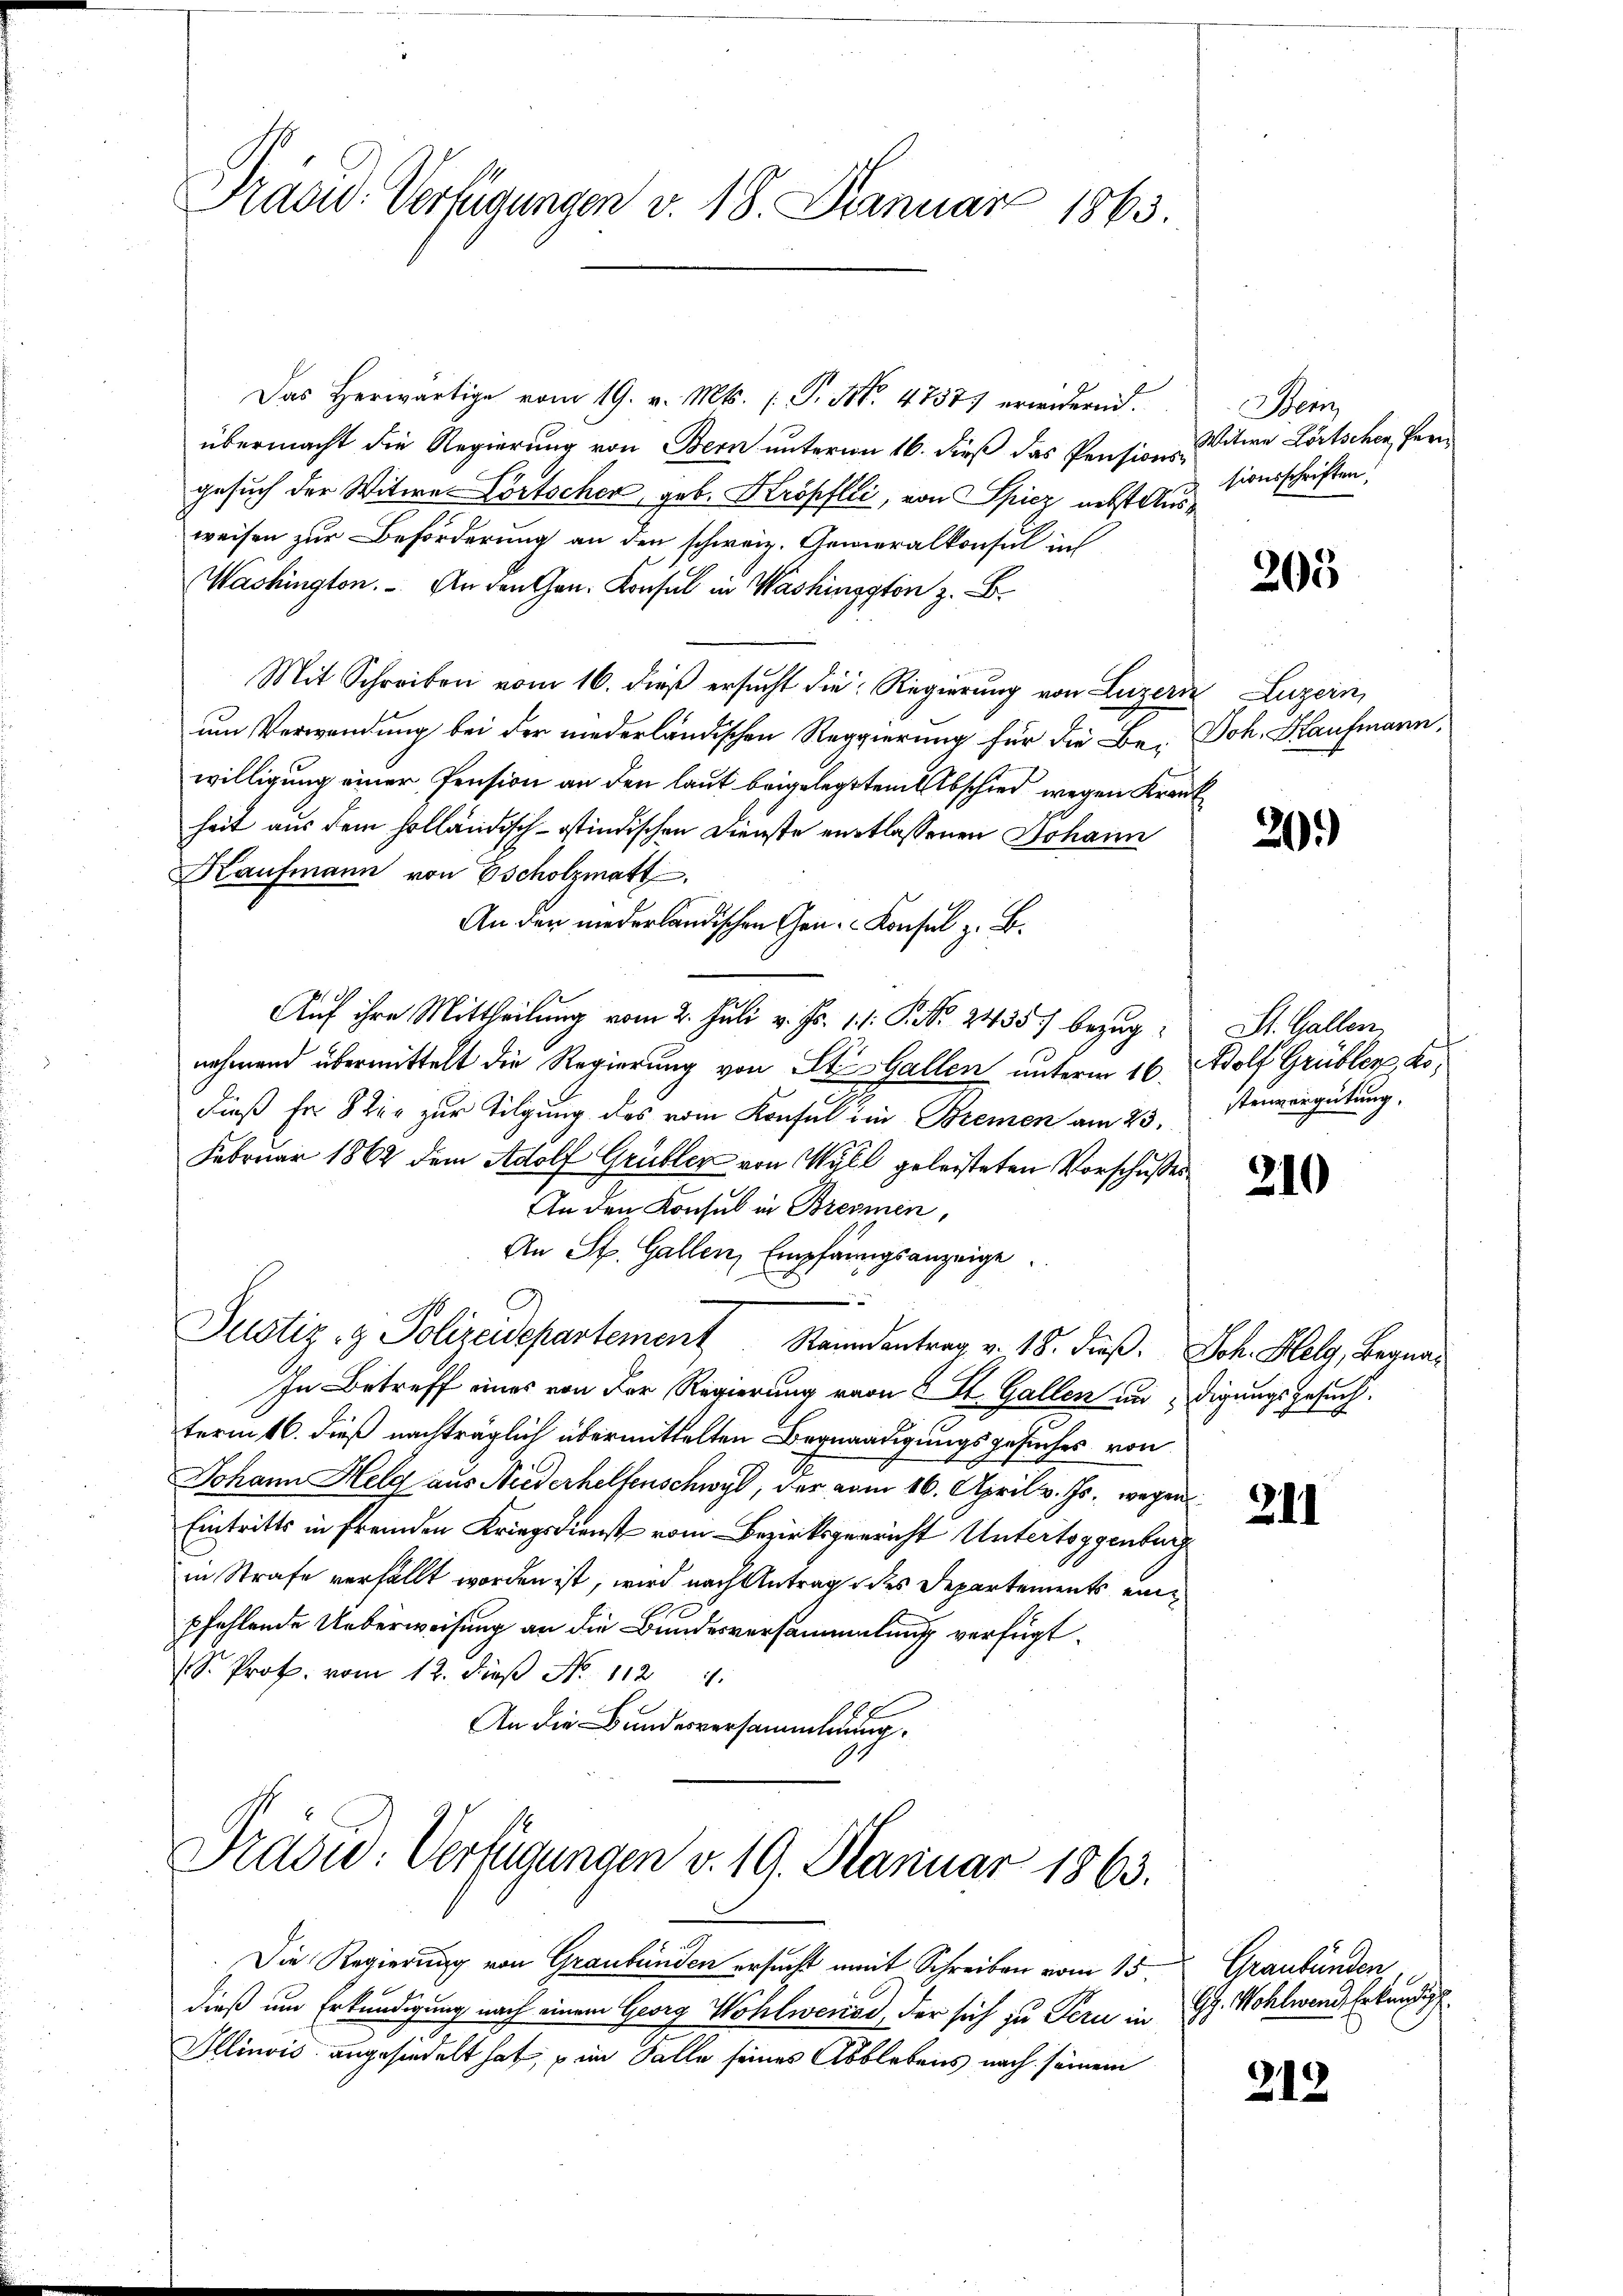
Prase Verfügungen v. 18. Januar 1863.

Das herwärtige vom 19. v. Mts. (T. N. 47577 erwiderend.
übermacht die Regierung von Bern unterm 16. dieß das Pensions Witwe Lörtschen Pergesuch der Witwe-Lortscher, geb. Kropflić, von Spiez nebst Ausweisen zur Beförderung an den schweiz. Generalkonsul in
Washington. An den Gan- Konsul in Washington z. B.
Mit Schreiben vom 16. dieß ersucht die Regierung von Luzern Luzern,
um Verwendung bei der niederländischen Regierung für die Be- Joh. Kaufmann,
willigung einer Pension an den laut beigelegtem Abschied wegen Krank
heit aus dem holländisch-ostindischen Dienste entlassenen Johann
Kaufmann von Escholzmatt
An den niederländischen Gen. Konsul z. B.
Auf ihre Mittheilung vom 2. Juli v. Js. 11. P. Nr. 2435) bezugnehmend übermittelt die Regierung von St. Gallen unterm 16. Adolf Grübler, ko
dieß fr. 8 ter zur Tilgung des vom Konsul im Bremen am 23.
Februar 1862 dem Adolf Grübler von Wyll geleisteten Vorschusses
An den Konsul in Brennen,
An St. Gallen, Empfangsanzeige
Justiz- & Polizeidepartement Randantrag v. 18. dieß. Joh. Holz, Begna¬
In Betreff eines von der Regierung vom 8. St. Gallen undigungsgesuch.
term 16. dieß nachträglich übermittelten Begnadigungsgesuches von
Johann Helg aus Niederhelfenschwyl, der vom 16. April v. Js. wegen
Eintritts in fremden Kriegsdienst vom Bezirksgericht Untertoggenburg
in Strafe verfällt worden ist, wird nach Antrag des Departements eine
pfehlende Ueberweisung an die Bundesversammlung verfügt:
S. Prof. vom 12. dieβ No. 1124.
E
An die Bundesversammlung.

Trasu: Verfügungen v. 19. Januar 1863.

Die Regierung von Graubünden ersucht mit Schreiben vom 15.
dieß um Erkundigung nach einem Georg Wohlweried, der sich zu Peri in
Illinois angesiedelt hat, s im Falle seines Abblebens nach seinem

Menz
sionsschriften.

205

20.)

St. Gallen
t
stenvergütung.

210

211

Graubünden
G. Wohlward Erkundig

212